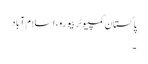
پاکستان کمپیوٹر بیورو، اسلام آباد
۔